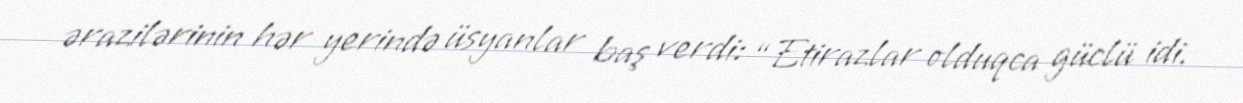
ərazilərinin hər yerində üsyanlar baş verdi: “Etirazlar olduqca güclü idi.